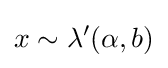
x\sim \lambda '(\alpha ,b)